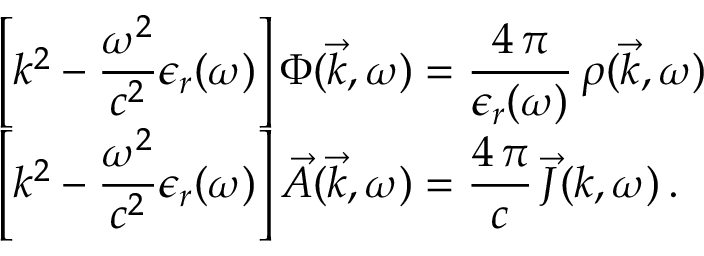
\begin{array} { l } { \displaystyle \left[ k ^ { 2 } - \frac { \omega ^ { 2 } } { c ^ { 2 } } \epsilon _ { r } ( \omega ) \right] \Phi ( \vec { k } , \omega ) = \frac { 4 \, \pi } { \epsilon _ { r } ( \omega ) } \, \rho ( \vec { k } , \omega ) } \\ { \displaystyle \left[ k ^ { 2 } - \frac { \omega ^ { 2 } } { c ^ { 2 } } \epsilon _ { r } ( \omega ) \right] \vec { A } ( \vec { k } , \omega ) = \frac { 4 \, \pi } { c } \, \vec { J } ( k , \omega ) \, . } \end{array}